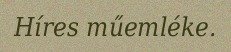
Híres műemléke.